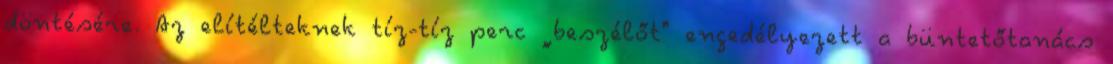
döntésére. Az elítélteknek tíz-tíz perc „beszélőt" engedélyezett a büntetőtanács